Tartu_Kolgata_baptistikogudus, lk 8
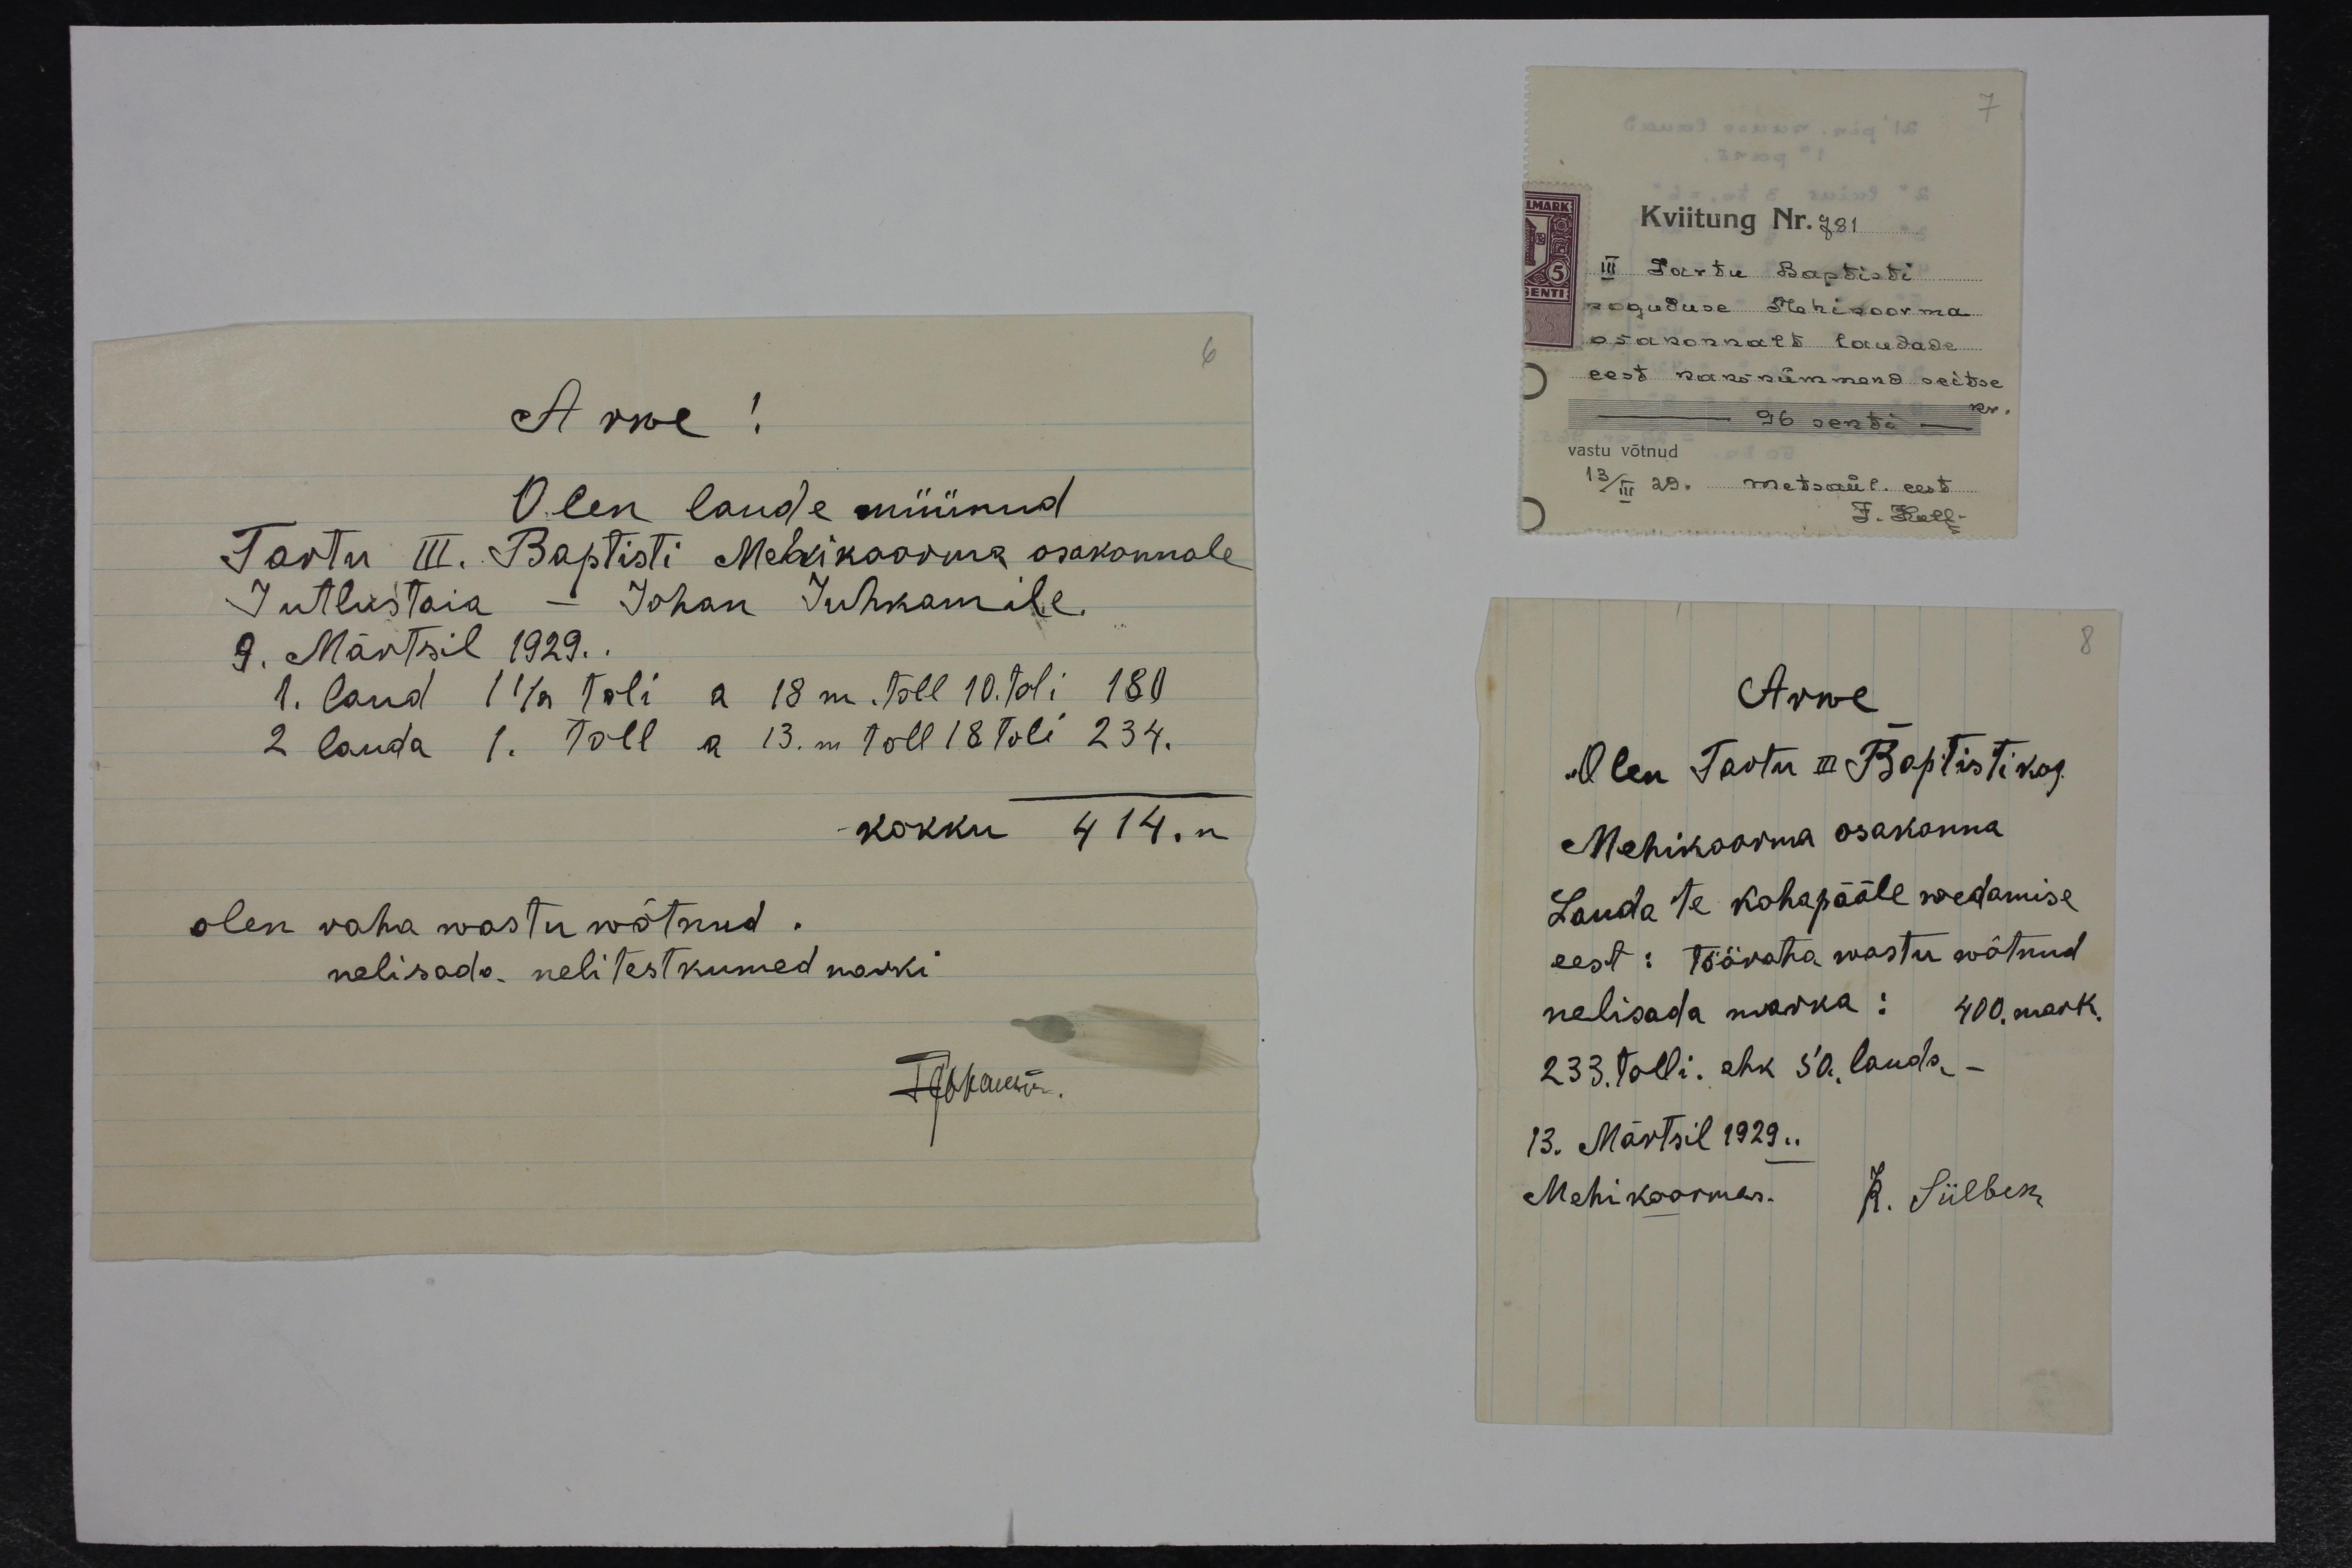
Arwe!
Olen laude müünud
Tartu III. Baptisti Mehikoorma osakonnale
Jutlustaia - Johan Juhkamile.
9. Märtsil 1929.
1. laud 1 1/2 toli a 18 m. toll 10. toli 180
2 lauda 1. toll a 13. m toll 18 tolli 234
kokku 414. m
olen raha wastu wõtnud.
nelisada. nelitestkumed marki
FJohanson

7
Kviitung Nr. 781
III Tartu Baptisti
koguduse Mehikoorma
osakonnalt laudade
eest kakskümmend seitse
- 96 senti - kr.
vastu võtnud
13./III 29.Metsaül. eest
F. Kell.

8
Arwe
Olen Tartu III. Baptisti kog.
Mehikoorma osakonna
Lauda te kohapääle wedamise
eest: tööraha wastu wõtnud
nelisada marka: 400 mark.
233. tolli. ehk 50, lauda, -
13. Märtsil 1929..
Mehikoormas. K. Silber